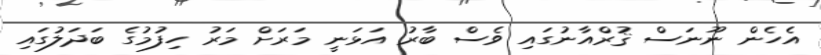
އެހެން ނޫނަސް ޤުރްއާނުގައި ވެސް ބާރު އަޅަނީ މަރަށް މަރު ހިފުމުގެ ބަދަލުގައި